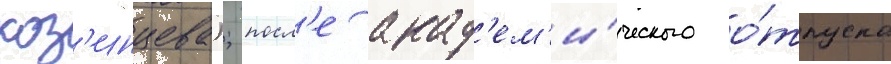
коз'инцева); посл'е акад'ем'и́ческого о́тпуска